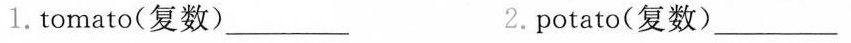
1.tomato(复数)___ 2.potato(复数)___